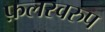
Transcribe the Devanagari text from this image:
फ़लस्वरुप